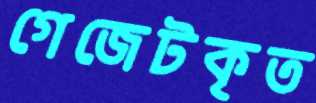
গেজেটকৃত